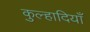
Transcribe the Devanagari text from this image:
कुल्हादियाँ